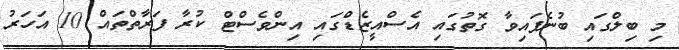
މި ބިލްގައި ބުނެފައިވާ ގޮތުގައި އެސްއީޒެޑްގައި އިންވެސްޓް ކުރާ ފަރާތްތައް 10 އަހަރު